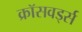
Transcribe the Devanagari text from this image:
क्रॉसवर्ड्स